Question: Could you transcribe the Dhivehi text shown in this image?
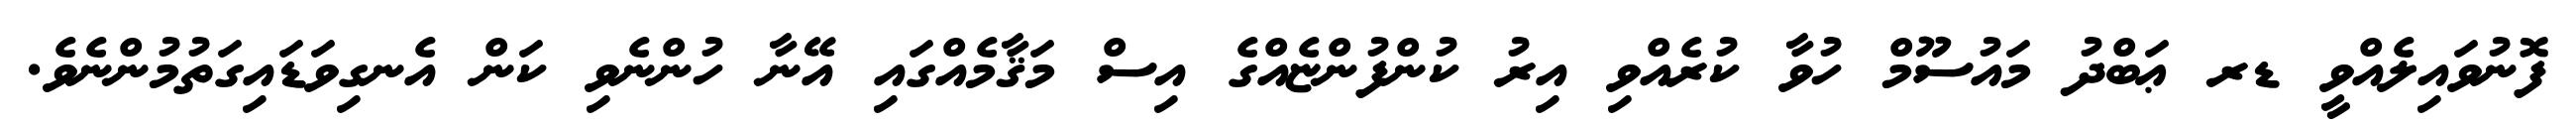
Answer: ފޮނުވައިލެއްވީ ޑރ ޢަބްދު މައުސޫމް ހުވާ ކުރެއްވި އިރު ކުންފުންޏެއްގެ އިސް މަޤާމެއްގައި އޭނާ ހުންނެވި ކަން އެނގިވަޑައިގަތުމުންނެވެ.